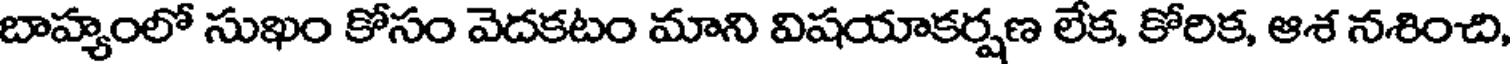
బాహ్యంలో సుఖం కోసం వెదకటం మాని విషయాకర్షణ లేక, కోరిక, ఆశ నశించి,